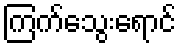
ကြက်သွေးရောင်